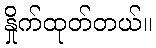
နှိုက်ထုတ်တယ်။